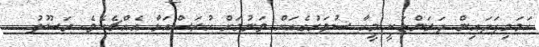
ހަމަމިފަދައިން ދަރަންޏަކީ މީހާ ސުވަރުގެއަށް ވަނުމަށް ހުރަސްއަޅާ އެއްޗެކެވެ. ރަސޫލު